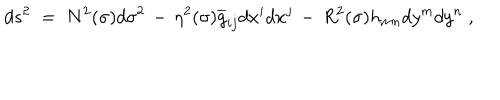
d s ^ { 2 } \; = \; N ^ { 2 } ( \sigma ) d \sigma ^ { 2 } \, - \, \eta ^ { 2 } ( \sigma ) \overline { { { g } } } _ { i j } d x ^ { i } d x ^ { j } \, - \, R ^ { 2 } ( \sigma ) h _ { m n } d y ^ { m } d y ^ { n } \; ,